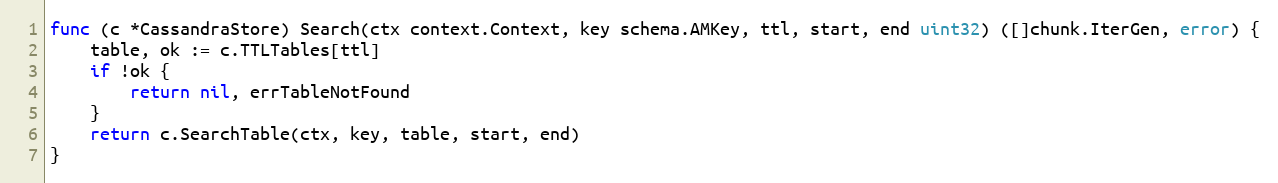
Language: Go
func (c *CassandraStore) Search(ctx context.Context, key schema.AMKey, ttl, start, end uint32) ([]chunk.IterGen, error) {
	table, ok := c.TTLTables[ttl]
	if !ok {
		return nil, errTableNotFound
	}
	return c.SearchTable(ctx, key, table, start, end)
}